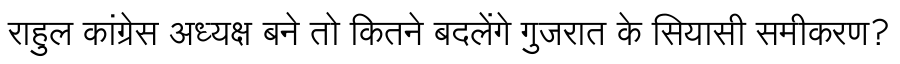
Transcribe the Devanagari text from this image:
राहुल कांग्रेस अध्यक्ष बने तो कितने बदलेंगे गुजरात के सियासी समीकरण?